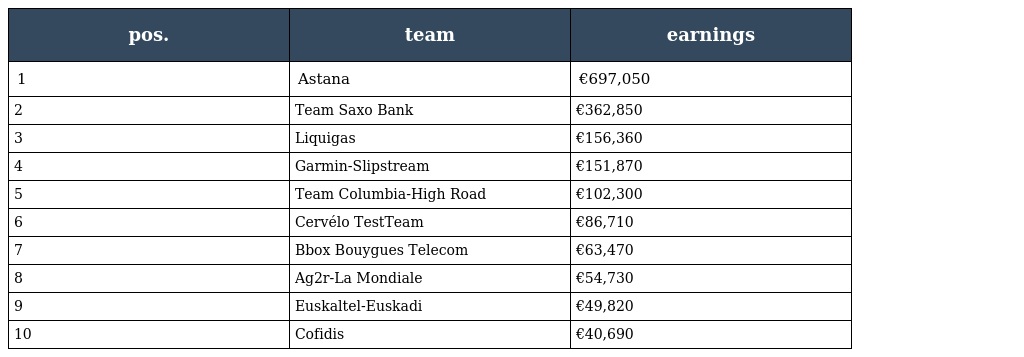
| pos. | team | earnings |
 | --- | --- | --- |
 | 1 | Astana | €697,050 |
 | 2 | Team Saxo Bank | €362,850 |
 | 3 | Liquigas | €156,360 |
 | 4 | Garmin-Slipstream | €151,870 |
 | 5 | Team Columbia-High Road | €102,300 |
 | 6 | Cervélo TestTeam | €86,710 |
 | 7 | Bbox Bouygues Telecom | €63,470 |
 | 8 | Ag2r-La Mondiale | €54,730 |
 | 9 | Euskaltel-Euskadi | €49,820 |
 | 10 | Cofidis | €40,690 |